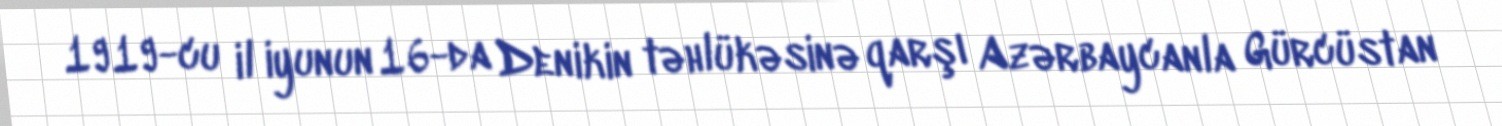
1919-cu il iyunun 16-da Denikin təhlükəsinə qarşı Azərbaycanla Gürcüstan